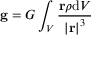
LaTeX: \mathbf { g } = G \int _ { V } { \frac { \mathbf { r } \rho \mathrm { d } { V } } { \left| \mathbf { r } \right| ^ { 3 } } } \,